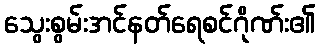
သွေးစွမ်းအင်နတ်ရေစင်ဂိုဏ်း၏